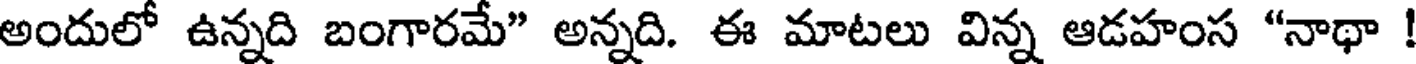
అందులో ఉన్నది బంగారమే" అన్నది. ఈ మాటలు విన్న ఆడహంస "నాథా !